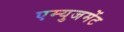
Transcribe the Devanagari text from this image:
एम्युजमेंट